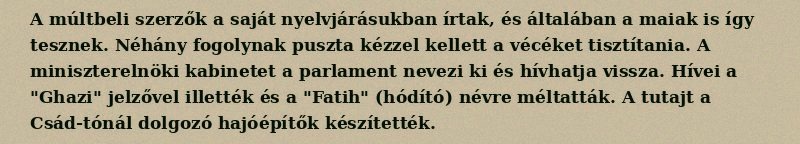
A múltbeli szerzők a saját nyelvjárásukban írtak, és általában a maiak is így tesznek. Néhány fogolynak puszta kézzel kellett a vécéket tisztítania. A miniszterelnöki kabinetet a parlament nevezi ki és hívhatja vissza. Hívei a "Ghazi" jelzővel illették és a "Fatih" (hódító) névre méltatták. A tutajt a Csád-tónál dolgozó hajóépítők készítették.